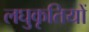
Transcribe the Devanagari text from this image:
लघुकृतियों